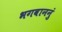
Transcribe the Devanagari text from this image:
भगवाननुं